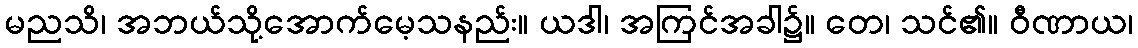
မညသိ၊ အဘယ်သို့အောက်မေ့သနည်း။ ယဒါ၊ အကြင်အခါ၌။ တေ၊ သင်၏။ ဝီဏာယ၊